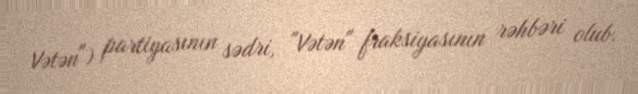
Vətən") partiyasının sədri, "Vətən" fraksiyasının rəhbəri olub.